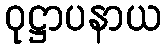
ဝုဋ္ဌာပနာယ